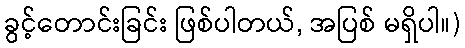
ခွင့်တောင်းခြင်း ဖြစ်ပါတယ်, အပြစ် မရှိပါ။)